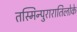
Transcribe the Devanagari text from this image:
तस्मिन्पुरारातिलोके